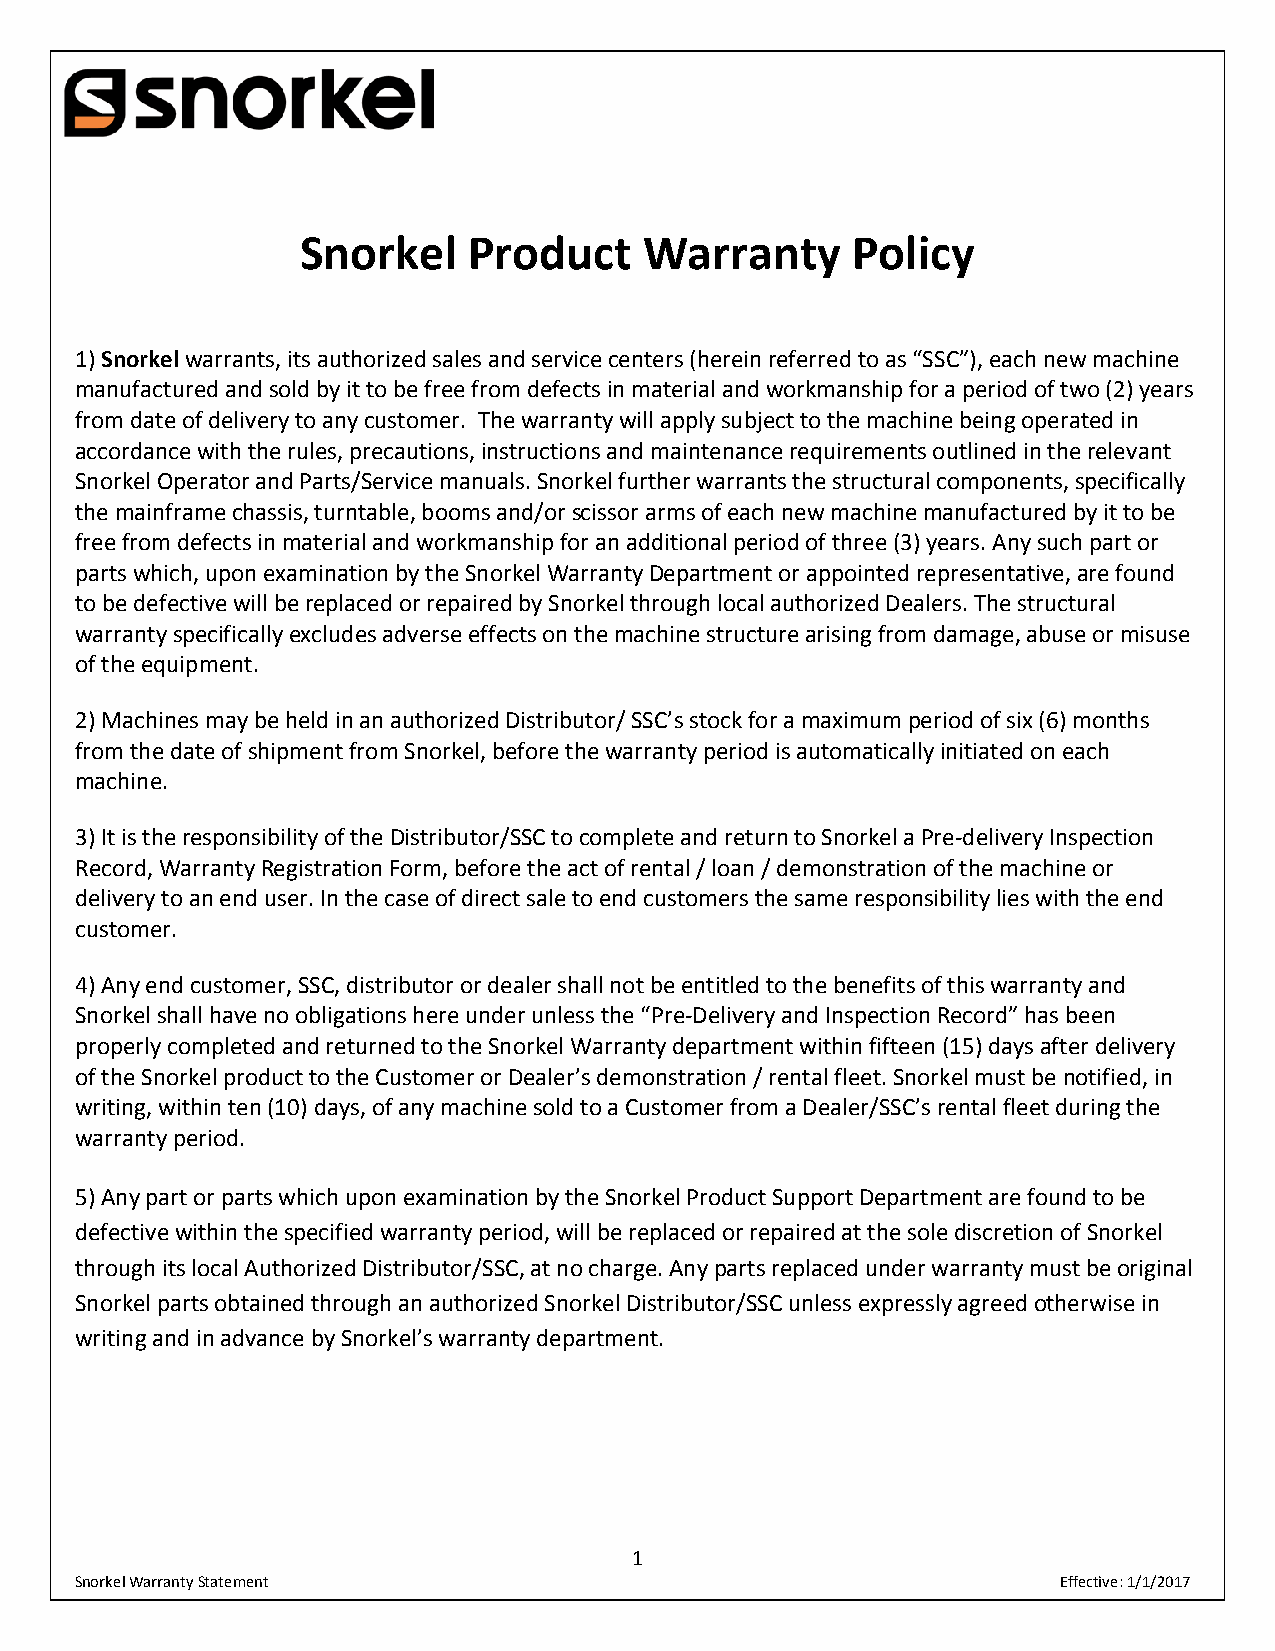
Snorkel
 Snorkel    Product     Warranty     Policy
 1) Snorkel warrants, its authorized sales and service centers (herein referred to as “SSC”), each new machine
 manufactured and sold by it to be free from defects in material and workmanship for a period of two (2) years
 from date of delivery to any customer. The warranty will apply subject to the machine being operated in
 accordance with the rules, precautions, instructions and maintenance requirements outlined in the relevant
 Snorkel Operator and Parts/Service manuals. Snorkel further warrants the structural components, specifically
 the mainframe chassis, turntable, booms and/or scissor arms of each new machine manufactured by it to be
 free from defects in material and workmanship for an additional period of three (3) years. Any such part or
 parts which, upon examination by the Snorkel Warranty Department or appointed representative, are found
 to be defective will be replaced or repaired by Snorkel through local authorized Dealers. The structural
 warranty specifically excludes adverse effects on the machine structure arising from damage, abuse or misuse
 of the equipment.
 2) Machines may be held in an authorized Distributor/ SSC’s stock for a maximum period of six (6) months
 from the date of shipment from Snorkel, before the warranty period is automatically initiated on each
 machine.
 3) It is the responsibility of the Distributor/SSC to complete and return to Snorkel a Pre‐delivery Inspection
 Record, Warranty Registration Form, before the act of rental / loan / demonstration of the machine or
 delivery to an end user. In the case of direct sale to end customers the same responsibility lies with the end
 customer.
 4) Any end customer, SSC, distributor or dealer shall not be entitled to the benefits of this warranty and
 Snorkel shall have no obligations here under unless the “Pre‐Delivery and Inspection Record” has been
 properly completed and returned to the Snorkel Warranty department within fifteen (15) days after delivery
 of the Snorkel product to the Customer or Dealer’s demonstration / rental fleet. Snorkel must be notified, in
 writing, within ten (10) days, of any machine sold to a Customer from a Dealer/SSC’s rental fleet during the
 warranty period.
 5) Any part or parts which upon examination by the Snorkel Product Support Department are found to be
 defective within the specified warranty period, will be replaced or repaired at the sole discretion of Snorkel
 through its local Authorized Distributor/SSC, at no charge. Any parts replaced under warranty must be original
 Snorkel parts obtained through an authorized Snorkel Distributor/SSC unless expressly agreed otherwise in
 writing and in advance by Snorkel’s warranty department.
 1
 Snorkel Warranty Statement                                       Effective: 1/1/2017